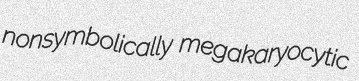
nonsymbolically megakaryocytic